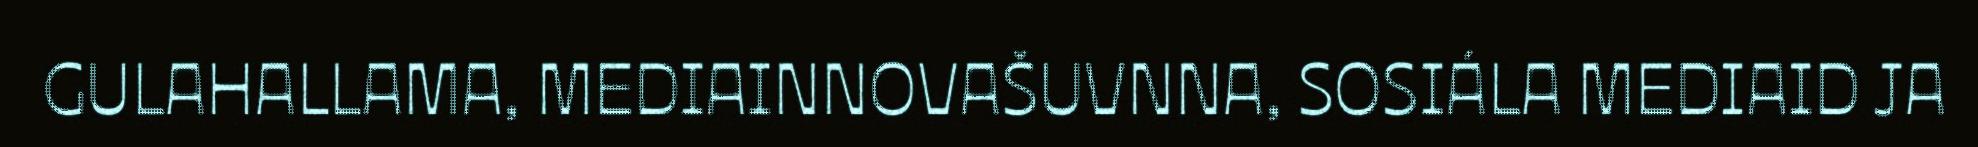
GULAHALLAMA, MEDIAINNOVAŠUVNNA, SOSIÁLA MEDIAID JA